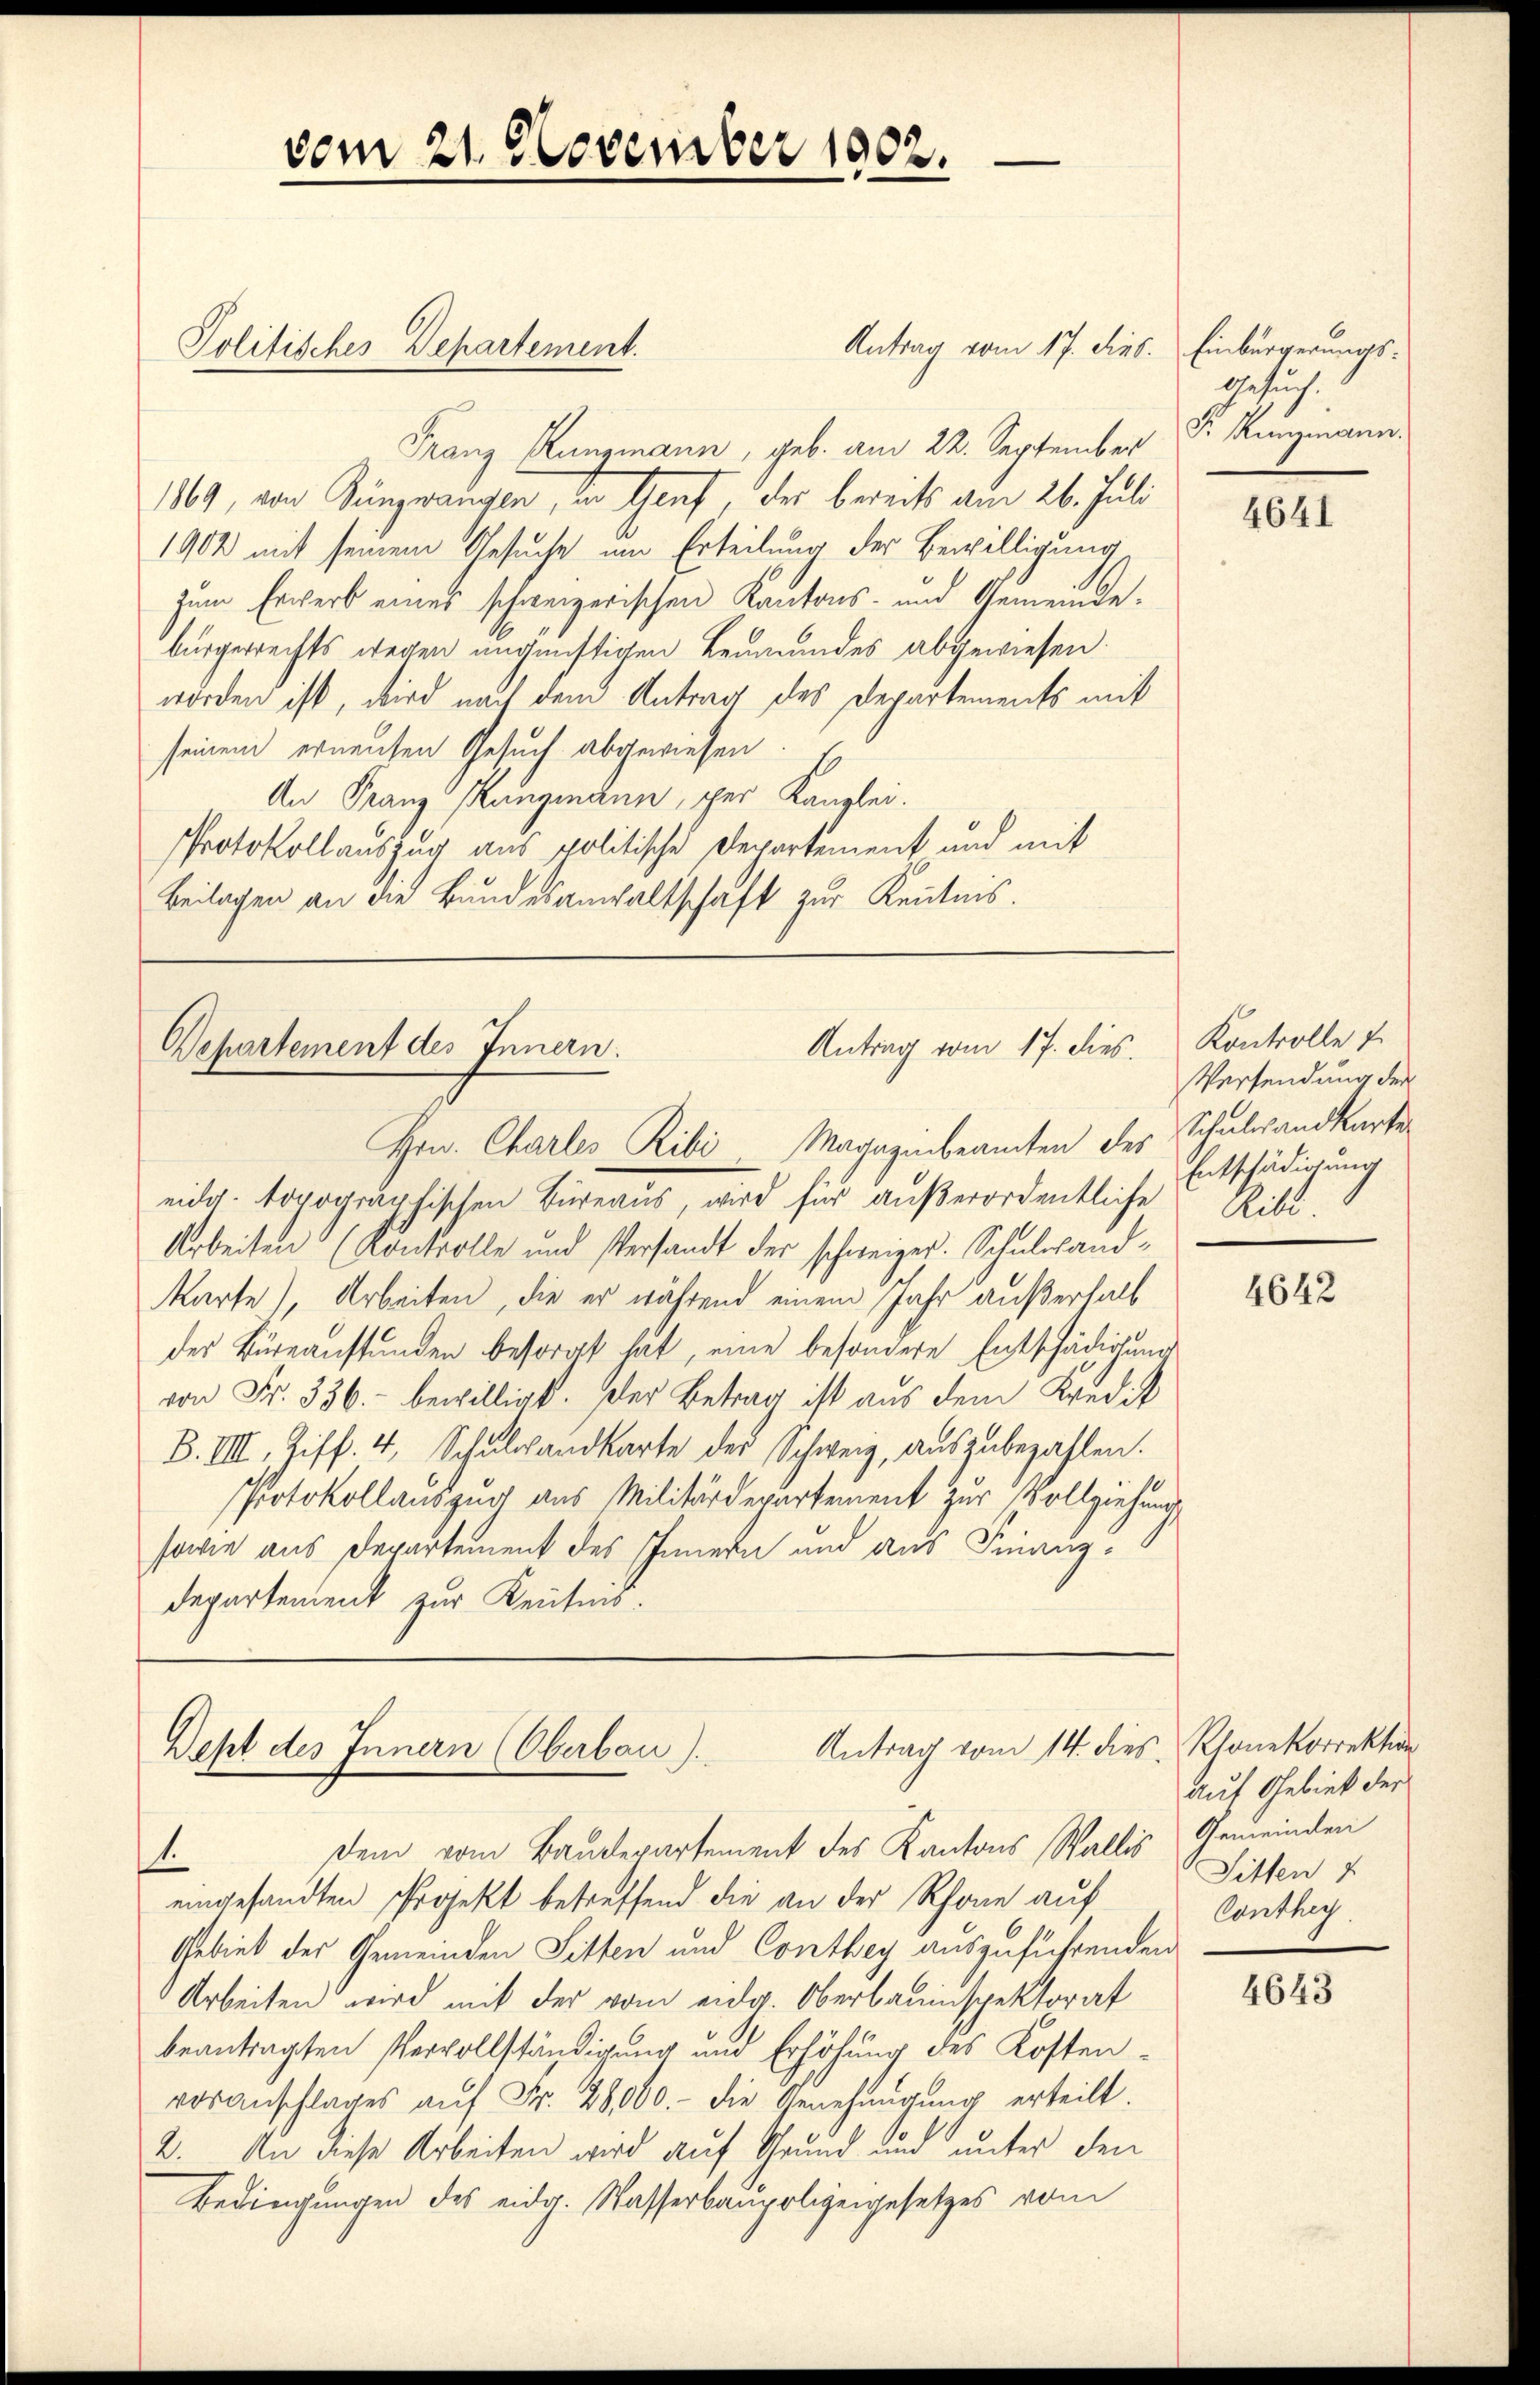
Antrag vom 17. Dieb. Einbürgerungs¬
Franz Runzmann, geb. am 22. September
1869, von Künzwangen, den Graf, der bereits am 26. Juli
1902 mit seinem Gesuche um Erteilung der Bewilligung
zum Erwerb eines schweizerischen Kantons- und Gemeinde-
bürgerrechts wegen ungünstigen Leumundes abgewiesen.
worden ist, wird nach dem Antrag des Departements mit
seinem erneuten Gesuch abgewiesen
An Franz Sangmann, per Kanzlei.
Protokollauszug aus politische Departement und mit
Beilagen an die Bundesanwaltschaft zur Kenntnis.

vom 21. November 1902.

Politisches Departement.

eidg. topographischen Büreaus, wird für außerordentliche Ribi-
Arbeiten (Kontrolle und Versandt der schweizer. Schulandkarte), Arbeiten, die er während einem Jahr außerhalb
des Büreanstunden besorgt hat, eine besondere Entschädigung
von Fr. 336. bewilligt. Der Betrag ist aus dem Kredit
B.IIII. Ziff. 4, Schŭlgandkarte des Schweiz, aŭszŭbezahlen.
Protokollauszug aus Militärdepartement zur Vollziehungs-
sowie aus Departement des Innern und aus Finanzdepartement zur Keisens.

Antrag vom 17. dies.
Departement des Innern.
Hrw. Charles Ribi. Magazinbeamten der Schuldandkarte

Antrag vom 14. dies
Dept des Innern (Oberbau).

dem vom Baudepartement des Kantons Wallis
1.
eingesandten Projekt betreffend die an der Rhone auf
Gebiet der Gemeinden Sitten und Conthey auszuführenden
Arbeiten wird mit der vom eidg. Oberbauinspektorat
beantragten Vervollständigung und Erhöhung des Kostenvoranschlages aŭf Fr. 28,000.- die Genehmigung erteilt.
2. An diese Arbeiten wird auf Grund und unter den
Bedingungen des eider. Wasserbaupolizeigesetzes vom

Gesuch.
P. Kunzmann.

4641

Kontrolle 7
Versendung der
Entschädigung

4642

Rhonekorrektion
auf Gebiet der
Gemeinden
Sitten
Conthey
¬

4643